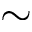
\sim